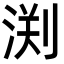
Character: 渕